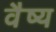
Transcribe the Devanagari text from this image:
वैष्य